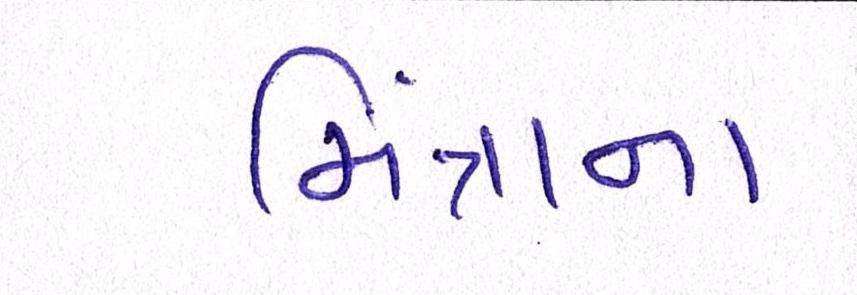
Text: મિંત્રાના